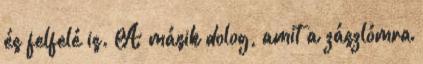
és felfelé is. A másik dolog, amit a zászlómra